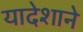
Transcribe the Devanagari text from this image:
यादेशाने